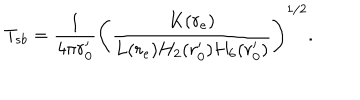
T _ { s b } = { \frac { 1 } { 4 \pi r _ { 0 } ^ { \prime } } } \left( { \frac { K ( r _ { \mathrm { e } } ) } { L ( r _ { \mathrm { e } } ) H _ { 2 } ( r _ { 0 } ^ { \prime } ) H _ { 6 } ( r _ { 0 } ^ { \prime } ) } } \right) ^ { 1 / 2 } .